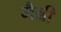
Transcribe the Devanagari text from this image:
मैन्नी